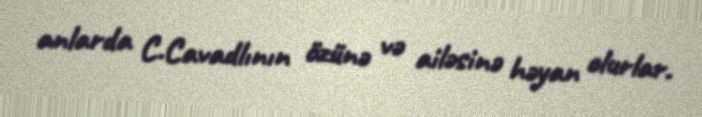
anlarda C.Cavadlının özünə və ailəsinə həyan olurlar.